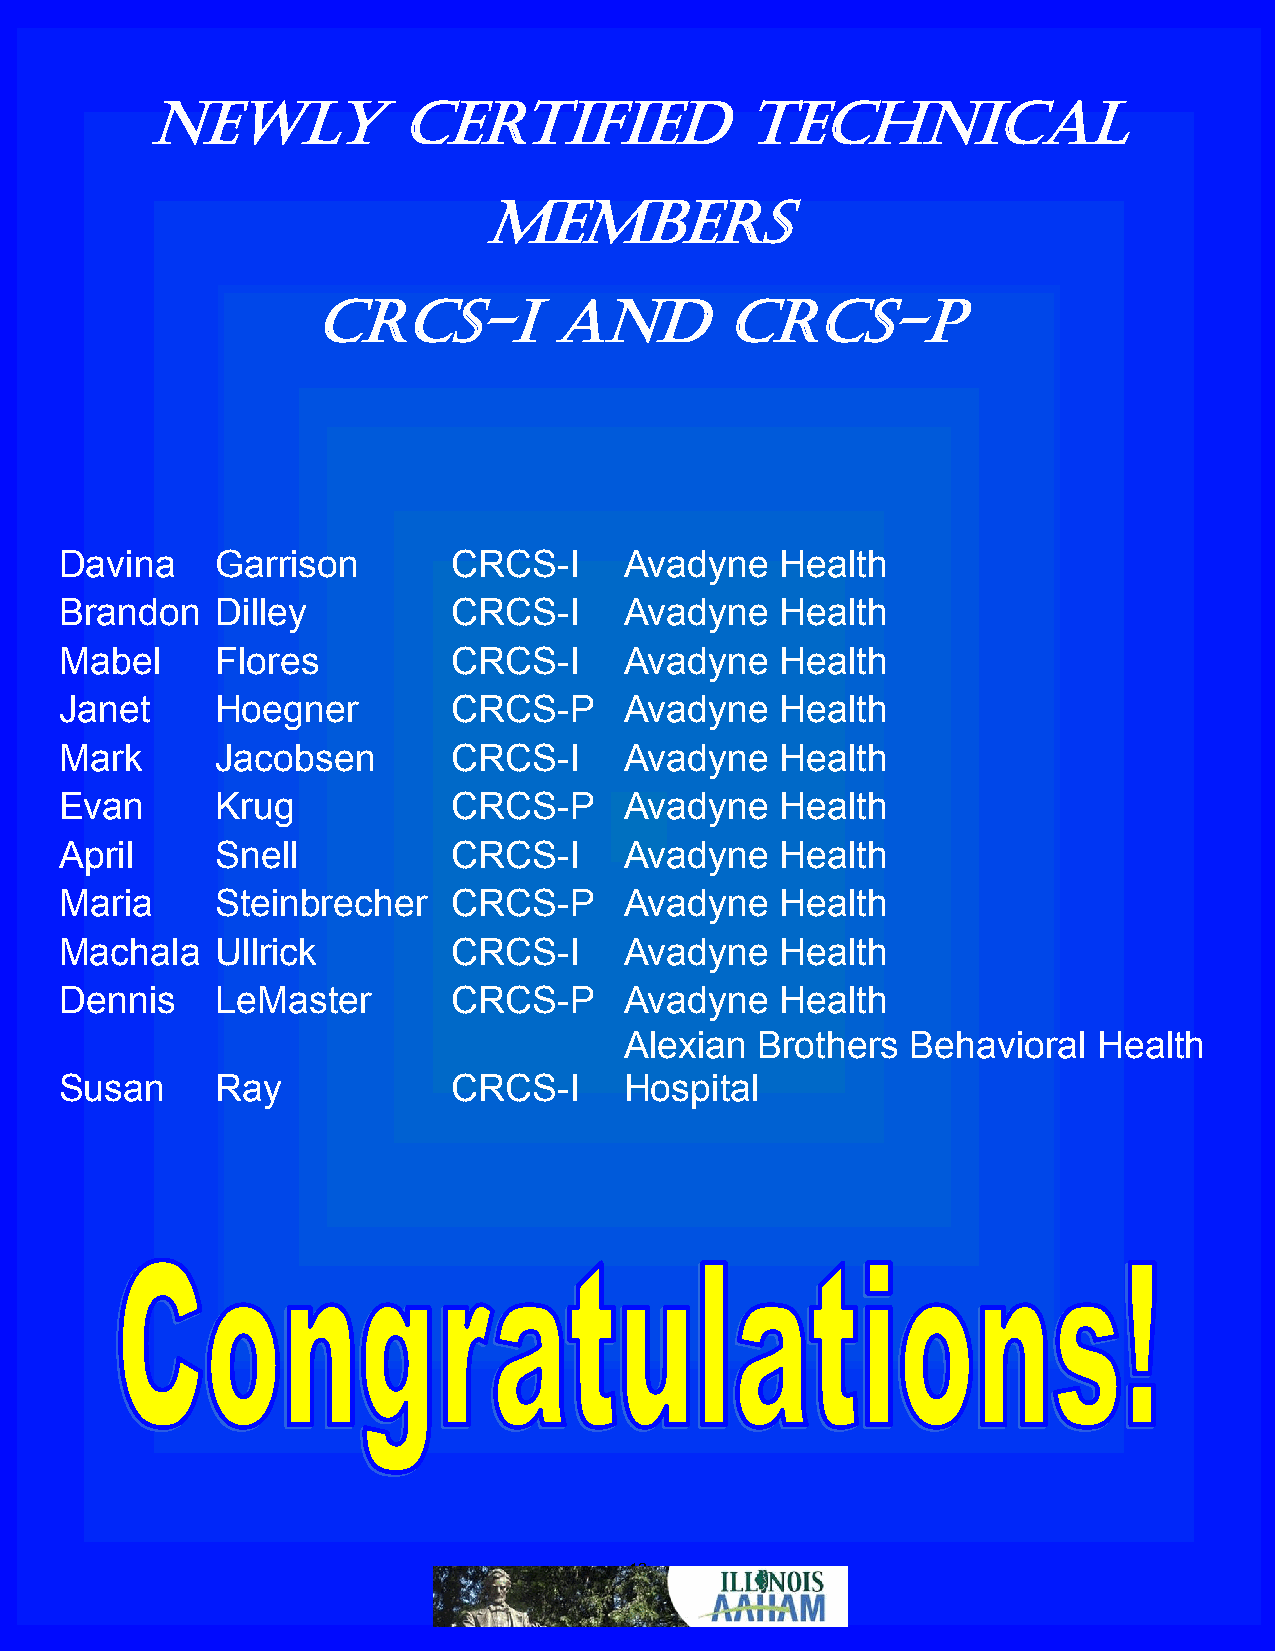
Newly            Certified              Technical
 Members
 CRCS-I          and        cRCS-P
 Davina    Garrison        CRCS-I     Avadyne    Health
 Brandon   Dilley          CRCS-I     Avadyne    Health
 Mabel     Flores          CRCS-I     Avadyne    Health
 Janet     Hoegner         CRCS-P     Avadyne    Health
 Mark      Jacobsen        CRCS-I     Avadyne    Health
 Evan      Krug            CRCS-P     Avadyne    Health
 April     Snell           CRCS-I     Avadyne    Health
 Maria     Steinbrecher    CRCS-P     Avadyne    Health
 Machala   Ullrick         CRCS-I     Avadyne    Health
 Dennis    LeMaster        CRCS-P     Avadyne    Health
 Alexian  Brothers  Behavioral   Health
 Susan     Ray             CRCS-I     Hospital
 19